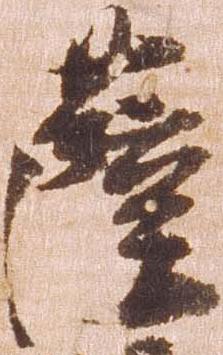
薩